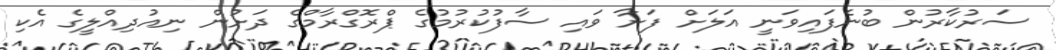
ސަރުކާރުން ބުނެފައިވަނީ އަލަށް ފަށާ ވައި ސާފުކުރުމުގެ ޕްރޮގްރާމްގެ ދަށުން ނިއުދިއްލީގެ އެކި